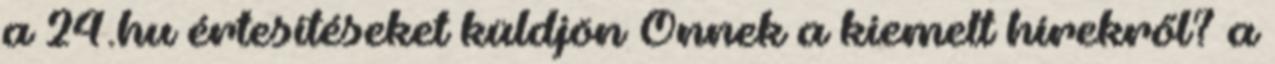
a 24.hu értesítéseket küldjön Önnek a kiemelt hírekről? a